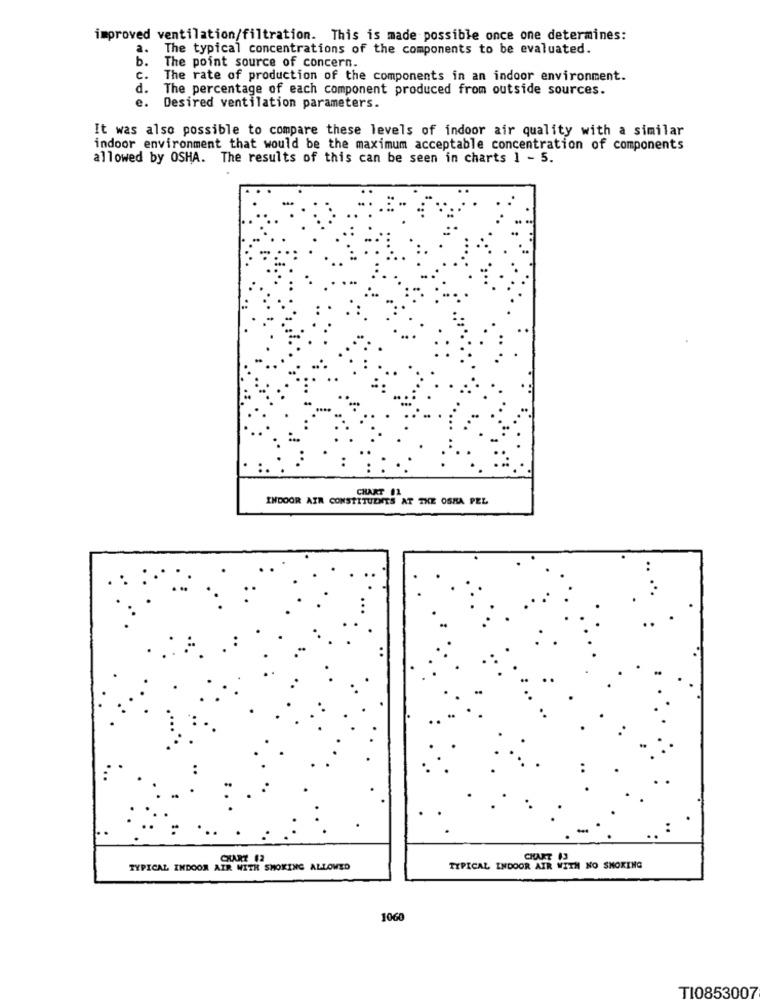
improved ventilation/filtration. This is made possible once one determines:
a. The typical concentrations of the components to be evaluated.
b.
The point source of concern.
C. The rate of production of the components in an indoor environment.
d. The percentage of each component produced from outside sources.
e. Desired ventilation parameters.
It was also possible to compare these levels of indoor air quality with a similar
indoor environment that would be the maximum acceptable concentration of components
allowed by OSHA. The results of this can be seen in charts 1 - 5.
CHART 11
INDOOR AIR CONSTITUENTS AT THE OSHA PEL
CHARZ 12
CHART 13
TYPICAL INDOOR AIR WITH SMOKING ALLOWED
TYPICAL INDOOR AIR WITH NO SMOKING
1060
TI0853007